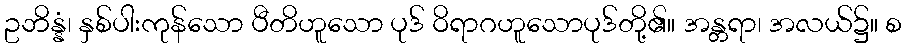
ဥဘိန္နံ၊ နှစ်ပါးကုန်သော ပီတိဟူသော ပုဒ် ဝိရာဂဟူသောပုဒ်တို့၏။ အန္တရာ၊ အလယ်၌။ စ